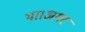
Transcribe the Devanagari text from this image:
था।अगर